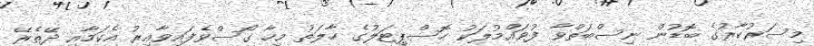
މިސަރުކާރުގެ ބޮޑުން ނިސްބަތްވާ ފުވައްމުލަކު ހޮސްޕިޓަލުގެ ހާލަތު މިހާ ގޯސްވެފައިވާއިރު އެކަމާއި ދޭތެރޭ